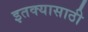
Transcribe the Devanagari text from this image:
इतक्यासाठी